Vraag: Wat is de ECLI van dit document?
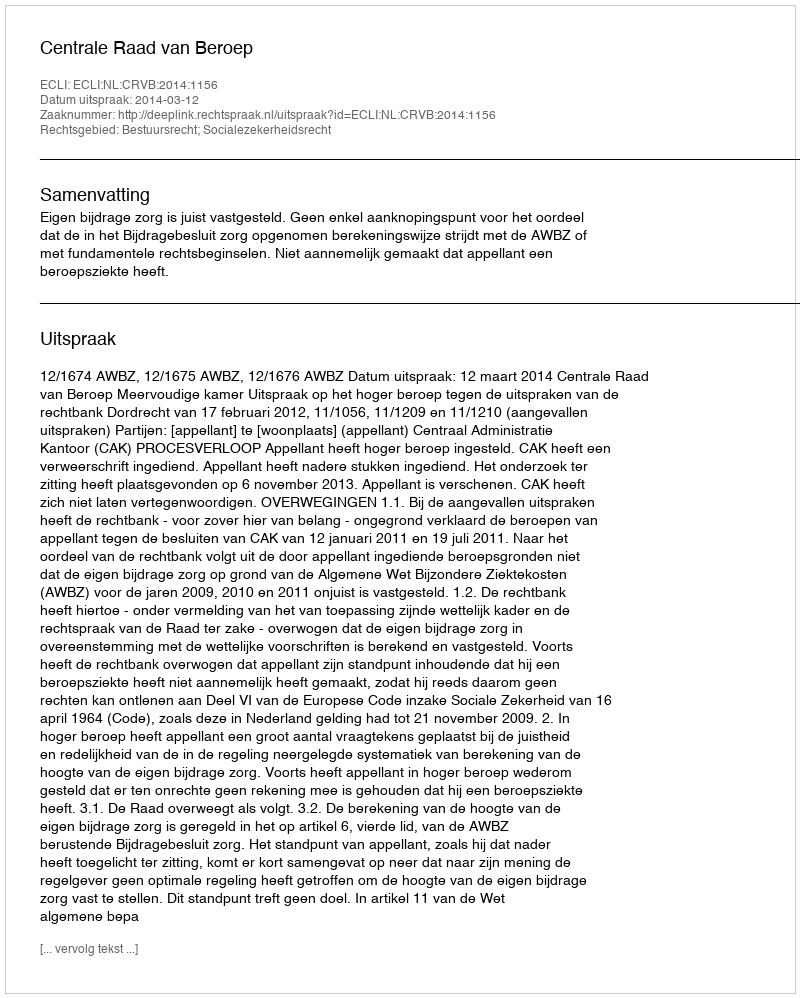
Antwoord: ECLI:NL:CRVB:2014:1156